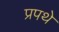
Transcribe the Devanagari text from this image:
प्रपथे